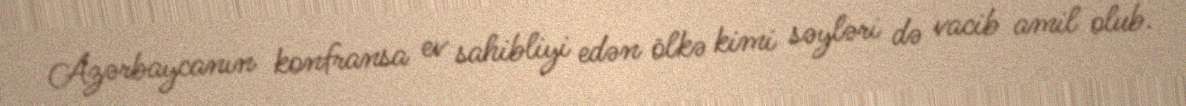
Azərbaycanın konfransa ev sahibliyi edən ölkə kimi səyləri də vacib amil olub.